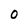
Character: O